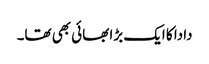
دادا کا ایک بڑا بھائی بھی تھا۔